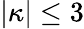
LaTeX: |\kappa|\leq 3